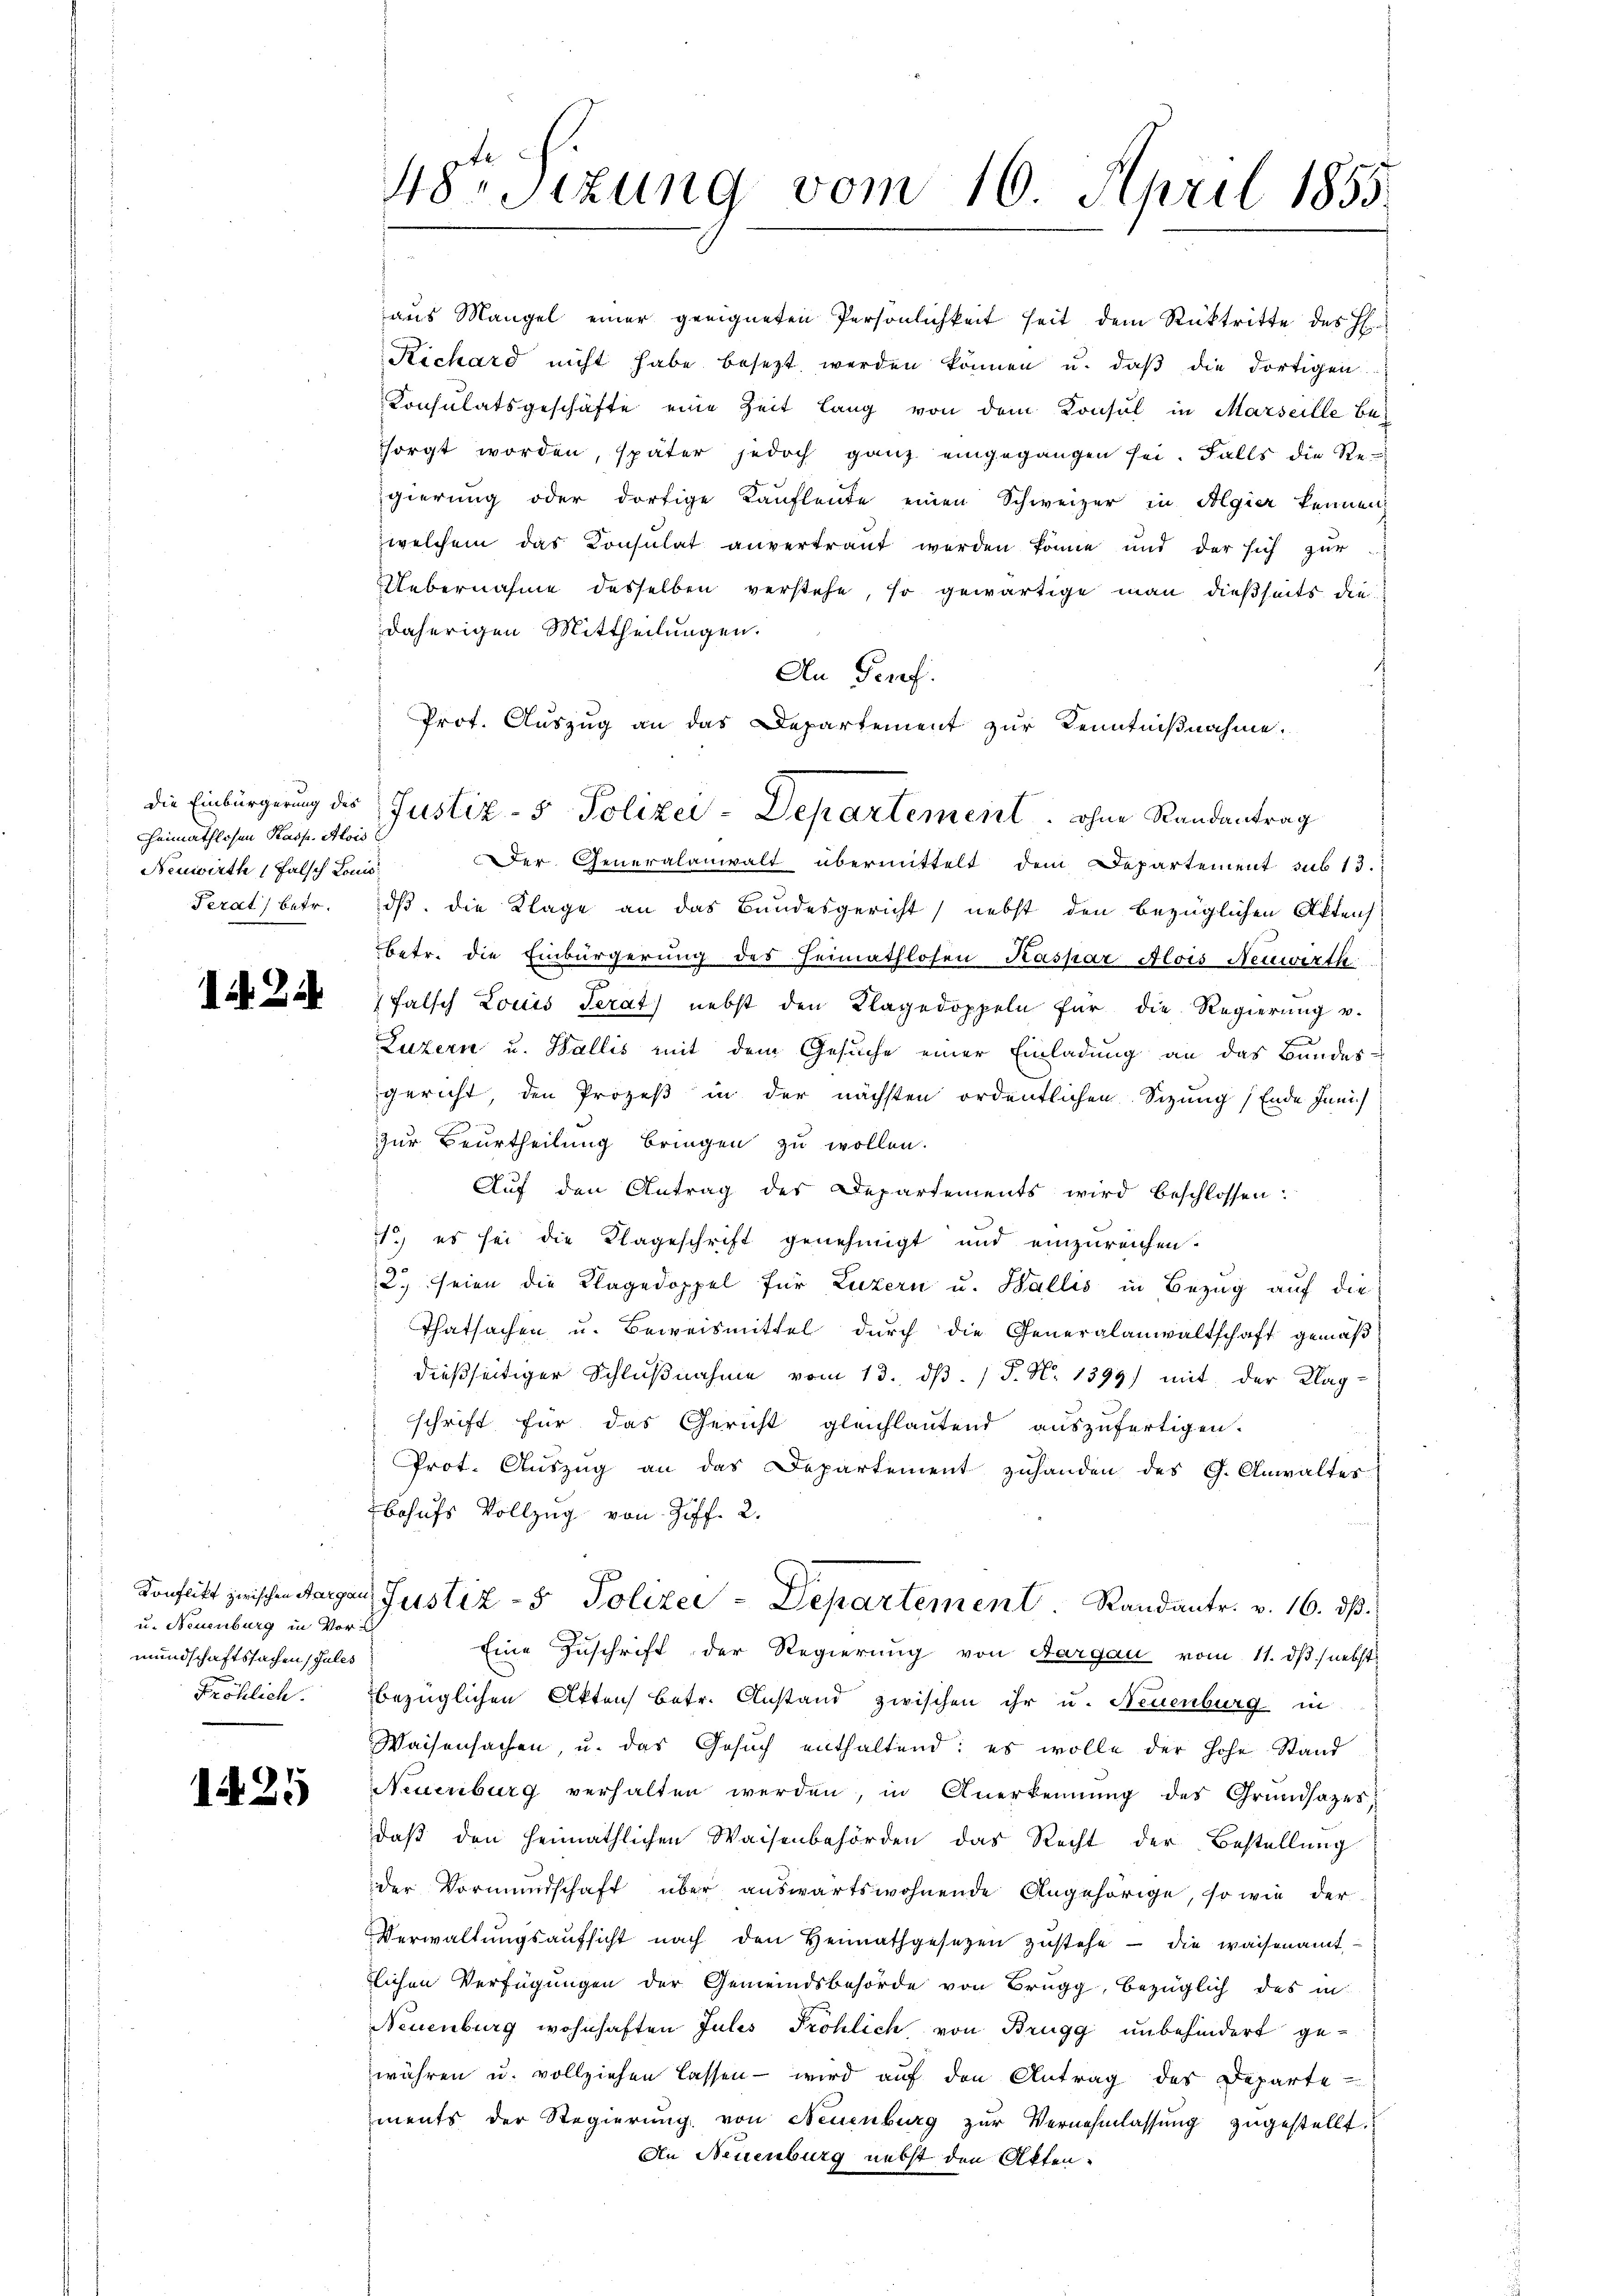
die Einbürgerung des
heimathlosen Pass. Alois
Neuwirth falsch Louis
Perat) betr.

2

u. Neuenburg in Vor-
mundschaftssachen Jules
Fröhlich.

1425

48ten Sizung vom 16. April 1855.

aus Mangel einer geeigneten Persönlichkeit seit dem Rücktritte des H
Richard nicht habe besezt werden können u. daβ die dortigen
Konsulatsgeschäfte eine Zeit lang von dem Konsul in Marseille besorgt worden, später jedoch ganz eingegangen sei. Falls die Re-
gierung oder dortige Kaufleute einen Schweizer in Algier kennen,
welchem das Consulat anvertraut werden könne und der sich zur
Uebernahme desselben verstehe, so gewärtige man dießseits die
daherigen Mittheilungen.
An Perf
Prot. Auszug an das Departement zur Kenntnißnahme.
Der Generalanwalt übermittelt dem Departement sub 13.
dß. die Klage an das Bundesgericht nebst den bezüglichen Aktens
betr. die Einbürgerung des Heimathlosen Kaspar Alois Neuwirth
falsch Louis Terat) nebst den Klagedoppeln für die Regierŭng u.
Luzern u. Wallis mit dem Gesuche einer Einladung an das Bundes-
gericht, den Prozeß in der nächsten ordentlichen Sizung (Ende Juni
zur Beurtheilung bringen zu wollen.
Auf den Antrag der Departements wird beschlossen:
1.) es sei die Klageschrift genehmigt und einzureichen.
2. seien die Klagedoppel für Luzern u. Wallis in Bezug auf die
Thatsachen u. Beweismittel durch die Generalanwaltschaft gemäß
dießseitiger Schlŭβnahme vom 13. dβ. / P. N. 1399) mit der Klag-
schrift für das Gericht gleichlautend auszufertigen.
Prot. Auszug an das Departement zuhanden des G. Anwaltes
bohufs Vollzug von Ziff. 2.
Konflikt zwischen angen Justiz- & Polizei - Departement. Randantr. v. 16. dβ.
Eine Zuschrift der Regierung von Aargau vom 11. ds. nebst
bezüglichen Aktens betr. Anstand zwischen ihr u. Neuenburg in
Waisensachen, u. das Gesuch enthaltend; es wolle der Hohe Stand
Neuenburg verhalten werden, in Anerkennung des Grundsazes,
daβ den heimathlichen Waisenbehörden das Recht der Bestellung
der Vormundschaft über auswärtswohnende Angehörige, so wie der
Verwaltŭngsaŭfsicht nach den Heimathgesetzen zŭstehe - die waisenamt
tlichen Verfügungen der Gemeindsbehörde von Brugg, bezüglich des in
Neuenburg wohnhaften Julis Pröhlich von Brugg unbehindert gewähren u. vollziehen lassen wird auf den Antrag des Departe
ments der Regierung von Neuenburg zŭr Vernehmlassŭng zugestellt.
An Neuenburg nebst den Akten¬

Justiz- & Polizei-Departement ohne Randantrag